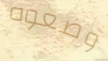
وضعوه